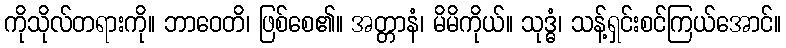
ကိုသိုလ်တရားကို။ ဘာဝေတိ၊ ဖြစ်စေ၏။ အတ္တာနံ၊ မိမိကိုယ်။ သုဒ္ဓံ၊ သန့်ရှင်းစင်ကြယ်အောင်။